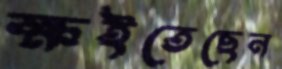
ক্ষইতেছেন